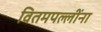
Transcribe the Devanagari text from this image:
वितमपल्लींना